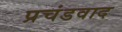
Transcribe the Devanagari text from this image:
प्रचंडवाद